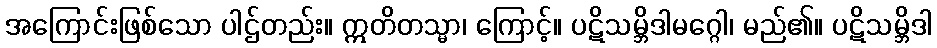
အကြောင်းဖြစ်သော ပါဌ်တည်း။ ဣတိတသ္မာ၊ ကြောင့်။ ပဋိသမ္ဘိဒါမဂ္ဂေါ၊ မည်၏။ ပဋိသမ္ဘိဒါ